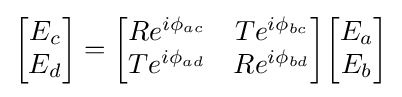
{\begin{bmatrix}E_{c}\\E_{d}\end{bmatrix}}={\begin{bmatrix}Re^{i\phi _{ac}}&Te^{i\phi _{bc}}\\Te^{i\phi _{ad}}&Re^{i\phi _{bd}}\end{bmatrix}}{\begin{bmatrix}E_{a}\\E_{b}\end{bmatrix}}